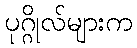
ပုဂ္ဂိုလ်များက